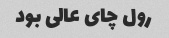
رول چای عالی بود